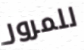
للمرور